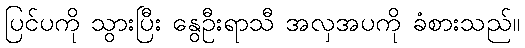
ပြင်ပကို သွားပြီး နွေဦးရာသီ အလှအပကို ခံစားသည်။